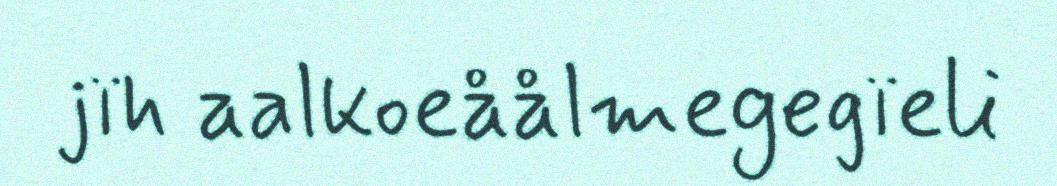
jïh aalkoeåålmegegïeli